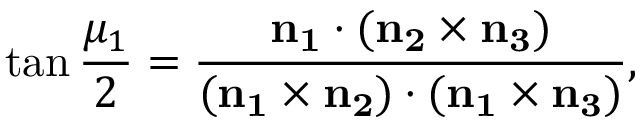
\tan { \frac { \mu _ { 1 } } 2 } = \frac { \bf { n } _ { 1 } \cdot ( \bf { n } _ { 2 } \times \bf { n } _ { 3 } ) } { ( \bf { n } _ { 1 } \times \bf { n } _ { 2 } ) \cdot ( \bf { n } _ { 1 } \times \bf { n } _ { 3 } ) } ,